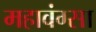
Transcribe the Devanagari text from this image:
महावंग्सा